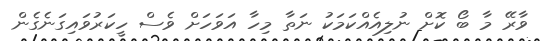
ވާރޭ މާ ބޯ ކޮށް ނުލިއެއްކަމަކު ނަތާ މިހާ އަވަހަށް ވެސް ހީކަރުވައިގަނެގެން